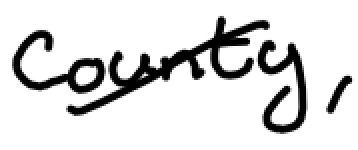
Text: county,
Cross-out: diagonal
Writing tool: digital_black